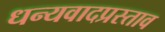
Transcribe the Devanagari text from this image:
धन्यवादप्रस्ताव